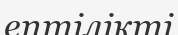
ептілікті